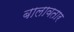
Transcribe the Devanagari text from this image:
बालावतार